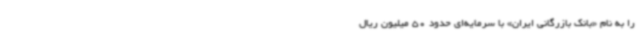
را به‌ نام «بانک بازرگانی ایران» با سرمایه‌ای حدود 50 میلیون ریال